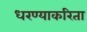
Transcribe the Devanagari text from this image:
धरण्याकरिता